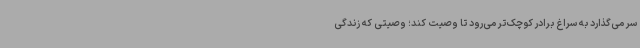
سر می‌گذارد به سراغ برادر کوچک‌تر می‌رود تا وصیت کند؛ وصیتی که زندگی